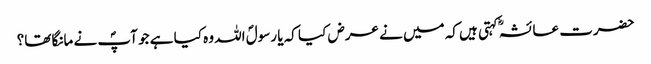
حضرت عائشہؓ کہتی ہیں کہ میں نے عرض کیا کہ یا رسولؐ اللہ وہ کیا ہے جو آپؐ نے مانگا تھا؟